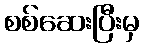
စစ်ဆေးပြီးမှ